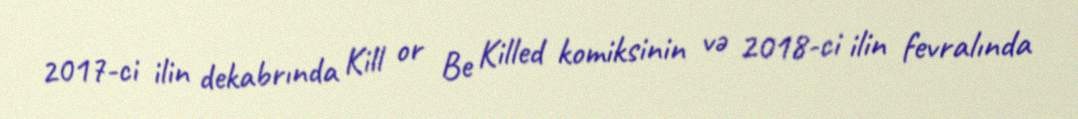
2017-ci ilin dekabrında Kill or Be Killed komiksinin və 2018-ci ilin fevralında